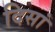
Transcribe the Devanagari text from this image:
दिसां